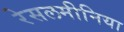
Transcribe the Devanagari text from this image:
रेसलमीनिया